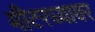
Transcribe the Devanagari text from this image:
मीटरच्यावर